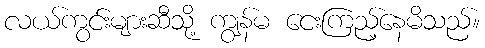
လယ်ကွင်းများဆီသို့ ကျွန်မ ငေးကြည့်နေမိသည်။